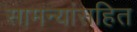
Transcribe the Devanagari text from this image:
सामन्यांसहित